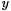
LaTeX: _{_y}